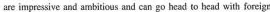
are impressive and ambitious and can go head to head with foneign